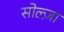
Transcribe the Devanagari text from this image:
सोल्ज़ा